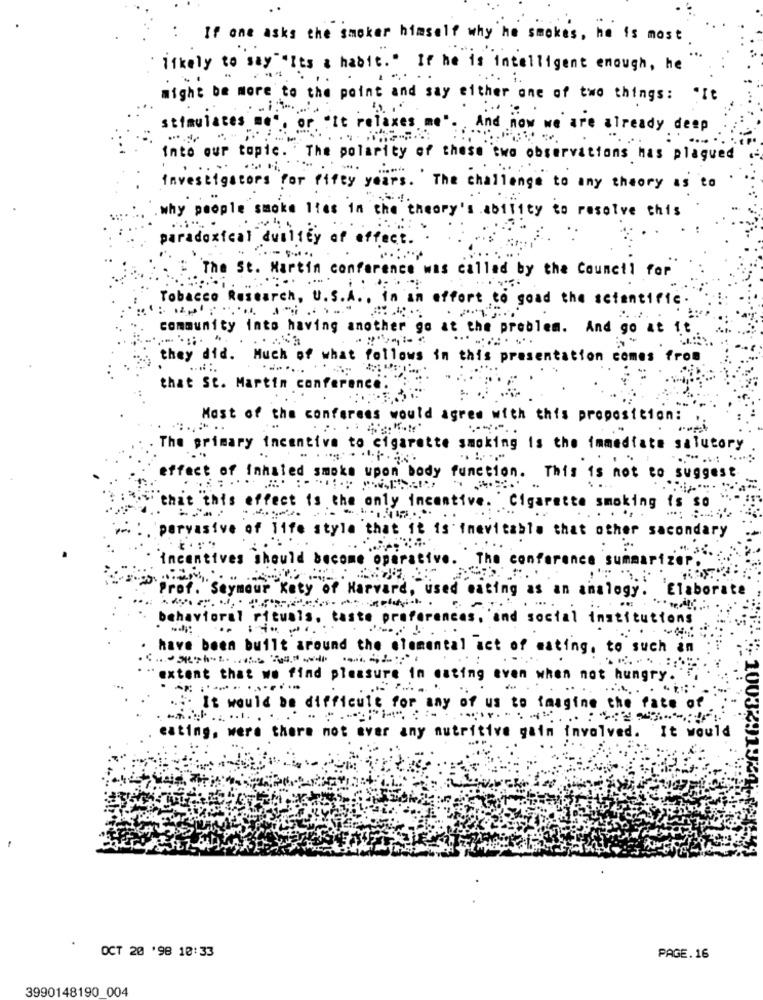
: If one asks the smoker himself why he smokes , he is most
likely to say"It's a habit. " If he is intelligent enough, he
might be more to the point and say either one of two things: "It
stimulates me", or "It relaxes me". And now we are already deep
into our topic. " The polarity of these two observations has plagued
investigators for fifty years. The challenge to any theory as to
why people smoke lies in the theory's ability to resolve this
paradoxical duality of effect. .
: The St. Martin conference was called by the Council for
Tobacco Research, u.s./ ...
A .. in an effort to goad the scientific
community into having another go at the problem. And go at it
they did. Much of what follows in this presentation comes from
.......
that St. Martin conference.
Most of the confarces would agree with this proposition:
The primary incentive to cigarette smoking is the immediate salutory
effect of inhaled smoke upon body function. This is not to suggest
that this effect is the only incentive. Cigarette smoking is so
. pervasive of life style that it is inevitable that other secondary
incentives should become operative. The conference summar
Prof. Seymour Kety of Harvard, used eating as an analogy. Elaborate
behavioral rituals, taste preferences, and social institutions
.. ... ....
have been built around the elemental act of eating, to such an
extent that we find pleasure in eating even when not hungry.
..:. It would be difficult for any of us to imagine the fate of
eating, were there not aver any nutritive gain involved. It would
100329132
OCT 20 '98 10:33
PAGE.16
3990148190 004